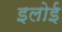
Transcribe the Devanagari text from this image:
इलोई